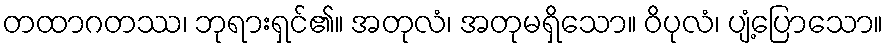
တထာဂတဿ၊ ဘုရားရှင်၏။ အတုလံ၊ အတုမရှိသော။ ဝိပုလံ၊ ပျံ့ပြောသော။